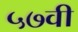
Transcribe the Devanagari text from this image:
५७वी